Annual administration report of the Bombay Presidency - 1887-1892
Year: 1887
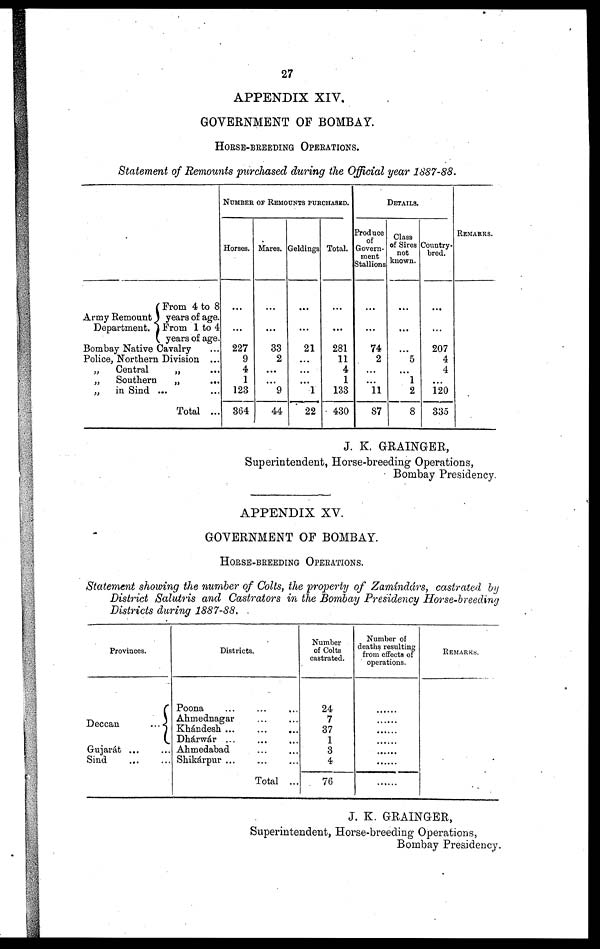
27
APPENDIX XIV.
GOVERNMENT OF BOMBAY.
HORSE-BREEDING OPERATIONS.
Statement of Remounts purchased during the Official year 1887-88.
Army Remount
Department.
From 4 to 8
3 years of age.
From 1 to 4
years of age.
Bombay Native Cavalry ...
Police, Northern Division ...
„
Central
„ ...
„
Southern
„
...
„
in Sind ... ...
Total ...
NUMBER OF REMOUNTS PURCHASED.
Horses.
...
...
227
9
4
1
123
364
Mares.
...
...
33
2
...
...
9
44
Geldings
...
...
21
...
...
...
1
22
Total.
...
...
281
11
4
1
133
430
DETAILS.
Produce
of
Govern-
ment
Stallions
...
...
74
2
...
...
11
87
Class
of Sires
not
known.
...
...
...
5
...
1
2
8
Country-
bred.
...
...
207
4
4
...
120
335
REMARKS.
J. K. GRAINGER,
Superintendent, Horse-breeding Operations,
Bombay Presidency.
APPENDIX XV.
GOVERNMENT OF BOMBAY.
HORSE-BREEDING OPERATIONS.
Statement showing the number of Colts, the property of Zamíndárs, castrated by
District Salutris and Castrators in the Bombay Presidency Horse-breeding
Districts during 1887-88.
Provinces.
Deccan
...
Gujarát ...
Sind ... ...
Districts,
Poona ... ... ...
Ahmednagar ... ...
Khándesh ...
...
...
Dhárwár ... ... ...
Ahmedabad ... ...
Shikárpur ... ... ...
Total ...
Number
of Colts
castrated.
24
7
37
1
3
4
76
Number of
deaths resulting
from effects of
operations.
......
......
......
......
......
......
......
REMARKS.
J. K. GRAINGER,
Superintendent, Horse-breeding Operations,
Bombay Presidency.